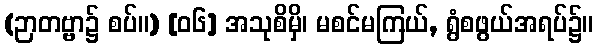
(ဉာတဗ္ဗာ၌ စပ်။) [၀၆] အသုစိမှိ၊ မစင်မကြယ်, ရွံစဖွယ်အရပ်၌။